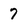
Character: 7